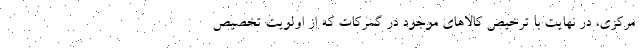
مرکزی، در نهایت با ترخیص کالاهای موجود در گمرکات که از اولویت تخصیص